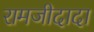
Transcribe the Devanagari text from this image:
रामजीदादा